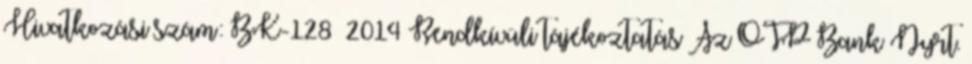
Hivatkozási szám: BK-128 2014 Rendkívüli tájékoztatás Az OTP Bank Nyrt.